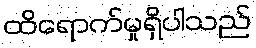
ထိရောက်မှုရှိပါသည်